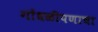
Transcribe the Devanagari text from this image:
गोंधळीपणाचा